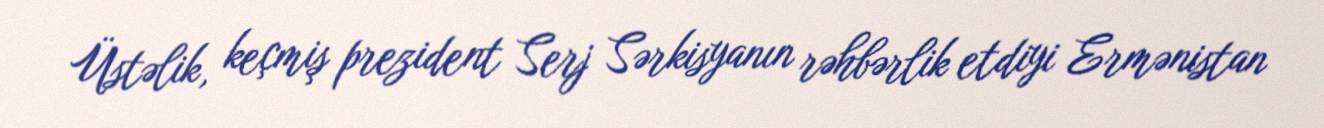
Üstəlik, keçmiş prezident Serj Sərkisyanın rəhbərlik etdiyi Ermənistan